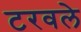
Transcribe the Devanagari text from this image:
टरवले